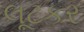
લૂટકર